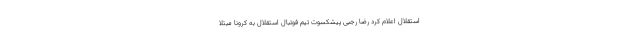
استقلال اعلام کرد رضا رجبی پیشکسوت تیم فوتبال استقلال به کرونا مبتلا